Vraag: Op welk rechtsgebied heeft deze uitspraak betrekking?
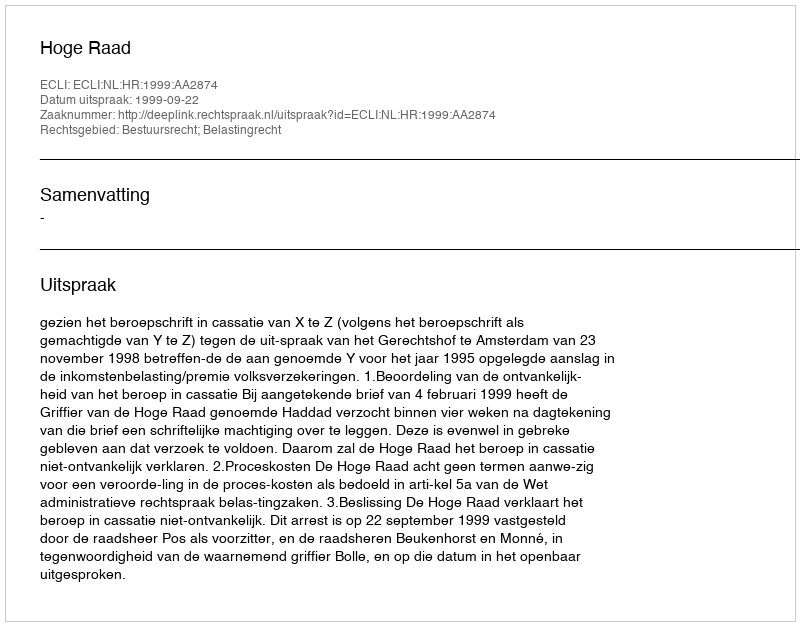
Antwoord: Bestuursrecht; Belastingrecht